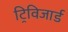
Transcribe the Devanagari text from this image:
ट्रिविजार्ड